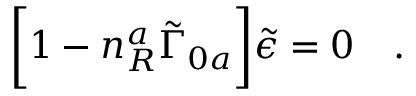
\biggl [ 1 - n _ { R } ^ { a } \tilde { \Gamma } _ { 0 a } \biggr ] \tilde { \epsilon } = 0 \quad .